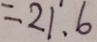
= 2 1 . 6